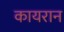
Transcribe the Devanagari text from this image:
कायरान